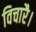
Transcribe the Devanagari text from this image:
विचारै।